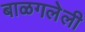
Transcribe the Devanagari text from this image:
बाळगलेली